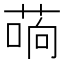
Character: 𰱣